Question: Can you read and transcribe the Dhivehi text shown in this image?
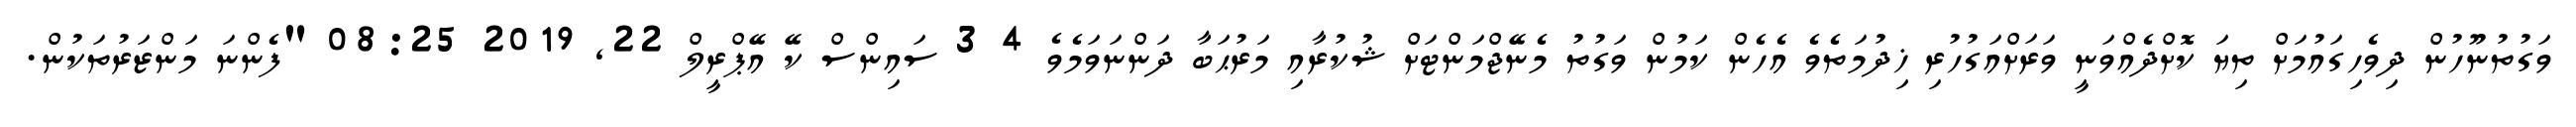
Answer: ވަގުތުނޫހުން ދިވެހިގައުމަށް ތިޔަ ކޮށްދެއްވަނީ ވަރަށްއަގުހުރި ޚިދުމަތެވެ އެހެން ކަމުން ވަގުތު މެނޭޖްމަންޓަށް ޝުކުރާއި މަރުޙަބާ ދަންނަވަމެވެ 4 3 ސައިންސް ކޭ އޭޕްރީލް 22, 2019 08:25 "ފެންނަ މަންޒަރުތަކުން.